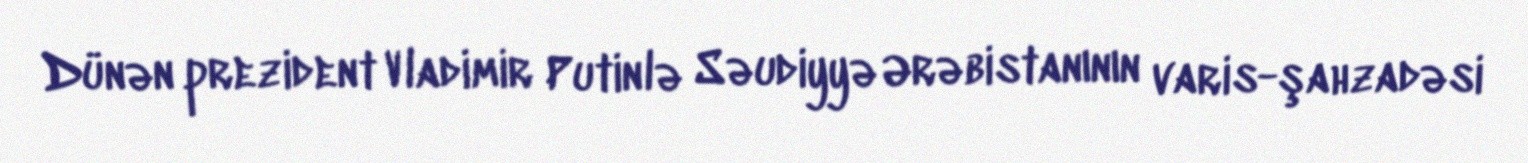
Dünən prezident Vladimir Putinlə Səudiyyə Ərəbistanının varis-şahzadəsi